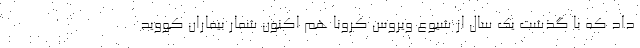
داد که با گذشت یک سال از شیوع ویروس کرونا هم اکنون شمار بیماران کووید